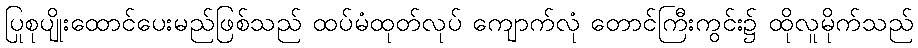
ပြုစုပျိုးထောင်ပေးမည်ဖြစ်သည် ထပ်မံထုတ်လုပ် ကျောက်လုံ တောင်ကြီးကွင်း၌ ထိုလူမိုက်သည်